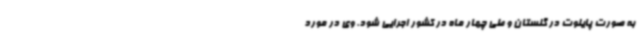
به صورت پایلوت در گلستان و طی چهار ماه در کشور اجرایی شود. وی در مورد